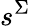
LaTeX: s^{\Sigma}